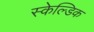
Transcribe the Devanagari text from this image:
स्केल्डिक